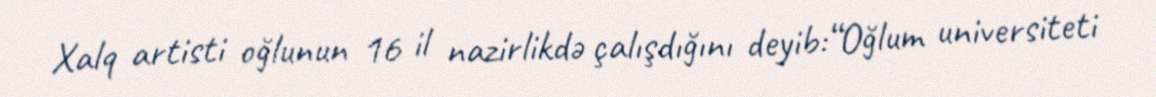
Xalq artisti oğlunun 16 il nazirlikdə çalışdığını deyib:“Oğlum universiteti